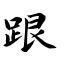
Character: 跟